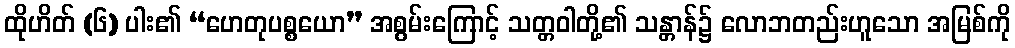
ထိုဟိတ် (၆) ပါး၏ “ဟေတုပစ္စယော” အစွမ်းကြောင့် သတ္တဝါတို့၏ သန္တာန်၌ လောဘတည်းဟူသော အမြစ်ကို